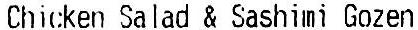
CHICKEN SALAD & SASHIMI GOZEN